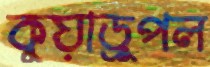
কুয়াড্রুপল